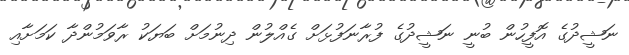
ނަޝީދުގެ އޮފީހުން ބުނީ ނަޝީދުގެ ފުރާނަފުޅަށް ގެއްލުން ދިނުމަށް ބަޔަކު ރާވަމުންދާ ކަމަށާއި